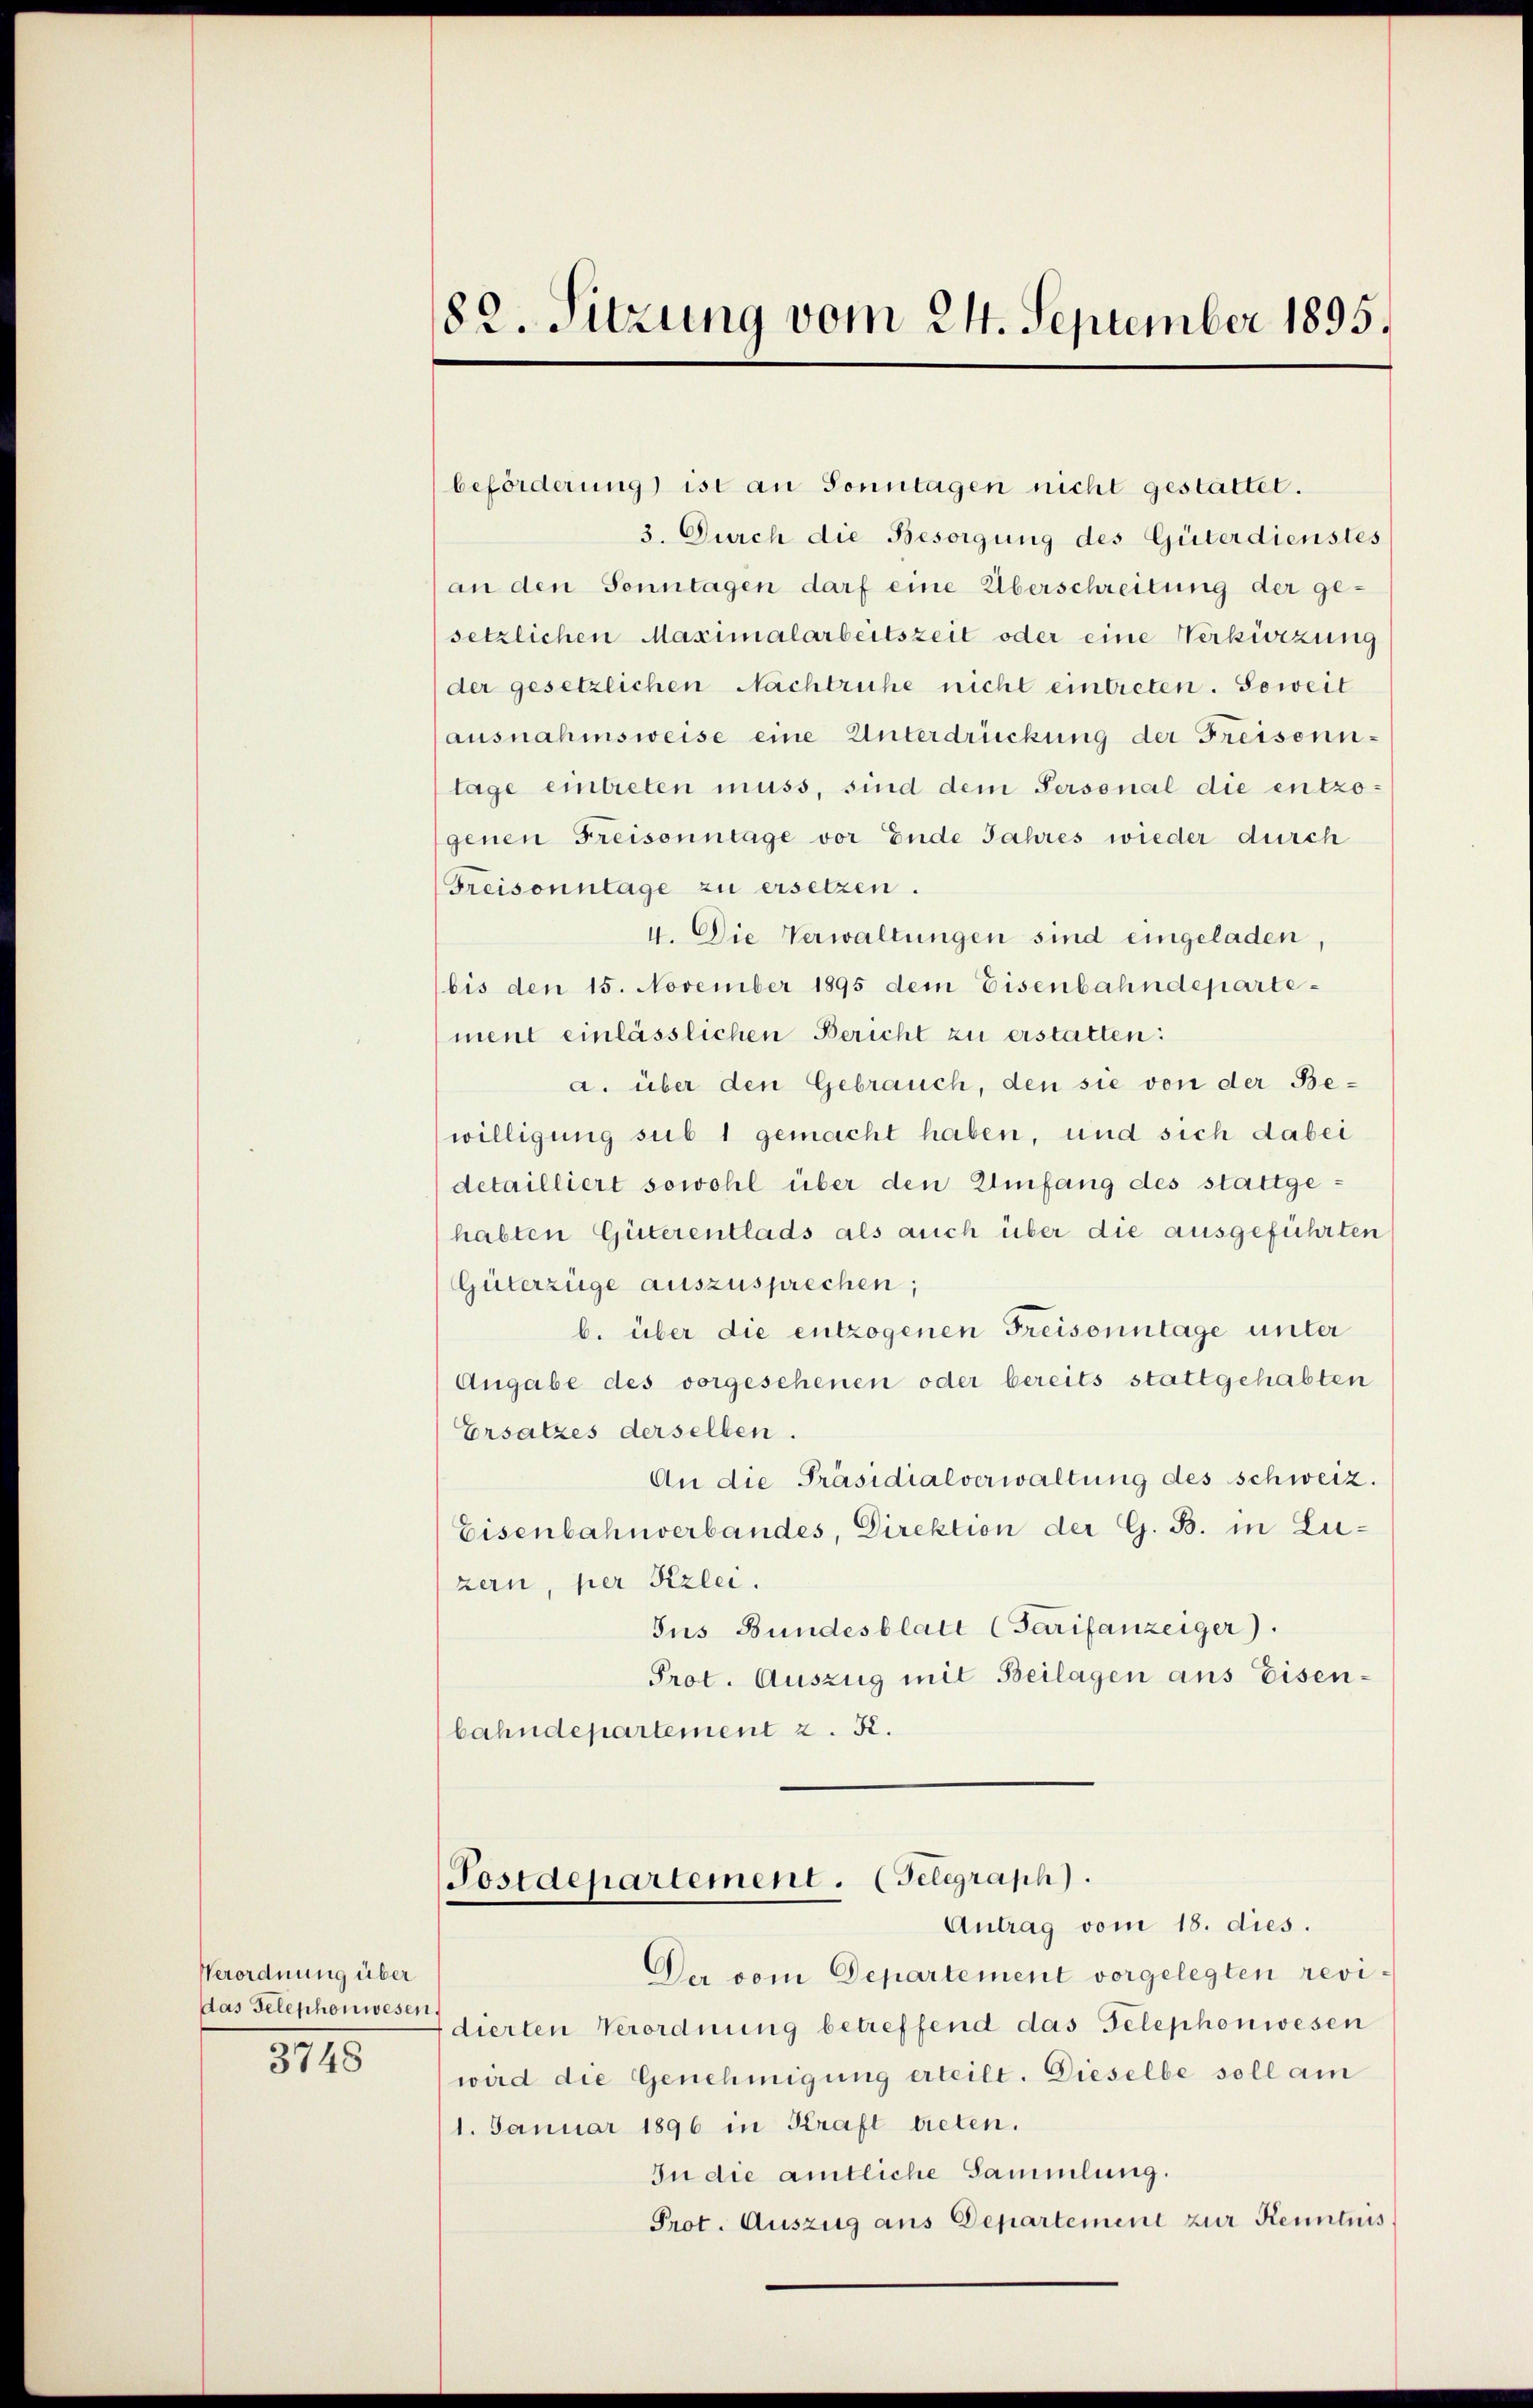
Verordnung über
das Telephonwesen.
3748

182. Sitzung vom 24. September 1895.

beförderung ist an Sonntagen nicht gestattet.
3. Durch die Besorgung des Güterdienstes
an den Sonntagen darf eine Überschreitung der ge-
setzlichen Maximalarbeitszeit oder eine Verkürzung
der gesetzlichen Nachtruhe nicht eintreten. Soweit
ausnahmsweise eine Unterdrückung der Freisonn-
tage eintreten muss, sind dem Personal die entzogenen Freisonntage vor Ende Jahres wieder durch
Freisonntage zu ersetzen.
4. Die Verwaltungen sind eingeladen,
bis den 15. November 1895 dem Eisenbahndepartement einlässlichen Bericht zu erstatten:
a. über den Gebrauch, den sie von der Bewilligung sub 1 gemacht haben, und sich dabei
detailliert sowohl über den Umfang des stattgehabten Güterentlads als auch über die ausgeführten
Güterzüge auszusprechen;
b. über die entzogenen Freisonntage unter
Angabe des vorgesehenen oder bereits stattgehabten
Ersatzes derselben.
An die Präsidialverwaltung des schweiz.
Eisenbahnverbandes, Direktion der G. B. in Luzern, per Kzlei.
Jus Bundesblatt (Tarifanzeiger).
Prot. Auszug mit Beilagen aus Eisenbahndepartement z. R.
Postdepartement. (Telegraph).
Antrag vom 18. dies.
Der vom Departement vorgelegten revifdierten Verordnung betreffend das Telephonwesen
wird die Genehmigung erteilt. Dieselbe soll am
1. Januar 1896 in Kraft bieten.
In die amtliche Sammlung.
Prot. Auszug aus Departement zur Kenntnis